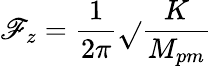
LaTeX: \mathscr{F}_{z}=\frac{{1}}{{{2\pi}}}\sqrt{}{{\frac{{K}}{{{M_{pm}}}}}}